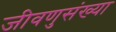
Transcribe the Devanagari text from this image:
जीवणुसंख्या